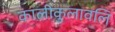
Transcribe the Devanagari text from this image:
कालीकुलावलि